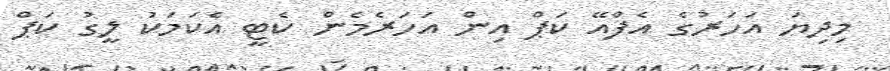
މިދިޔަ އަހަރުގެ އެފްއޭ ކަޕް އިން އަހަރެމެން ކެޓީ އެކަމަކު ލީގު ކަޕް